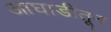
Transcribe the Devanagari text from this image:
आघाडीतून